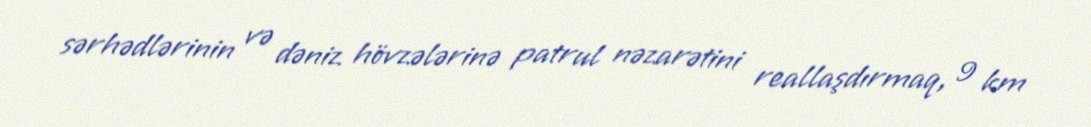
sərhədlərinin və dəniz hövzələrinə patrul nəzarətini reallaşdırmaq, 9 km